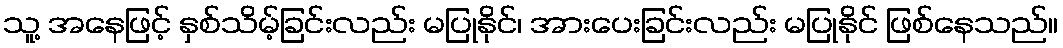
သူ့ အနေဖြင့် နှစ်သိမ့်ခြင်းလည်း မပြုနိုင်၊ အားပေးခြင်းလည်း မပြုနိုင် ဖြစ်နေသည်။